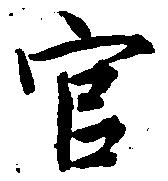
官